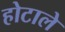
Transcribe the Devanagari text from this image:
होटाले